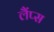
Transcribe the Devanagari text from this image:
लैंप्स